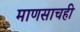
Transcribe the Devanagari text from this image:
माणसाचही